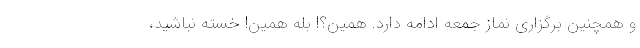
و همچنین برگزاری نماز جمعه ادامه دارد. همین؟! بله همین! خسته نباشید،